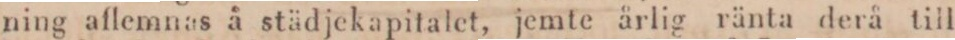
ning aflemnas å städjekapitalet, jemte årlig ränta derå till